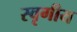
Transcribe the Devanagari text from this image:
स्वृगीय